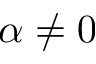
\alpha \neq 0